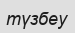
түзбеу